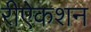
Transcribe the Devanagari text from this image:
रीऐकशन